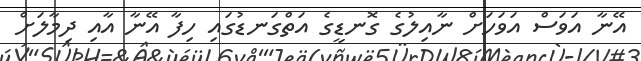
އޭނާ އަވަސް އަވަހަށް ނާއިލުގެ ގޮނޑީގެ އަތްގަނޑުގައި ހިފާ އޭނާ އާއި ދިމާލަށް